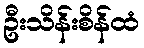
ဦးသိန်းစိန်ထံ